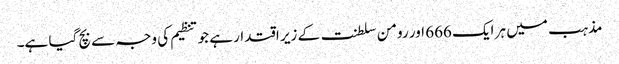
مذہب میں ہر ایک 666 اور رومن سلطنت کے زیر اقتدار ہے جو تنظیم کی وجہ سے بچ گیا ہے۔